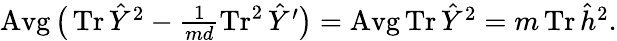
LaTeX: \operatorname{Avg}\big(\textstyle\operatorname{Tr}\hat{Y}^{2}-\frac{1}{md}\operatorname{Tr}^{2}\hat{Y}^{\prime}\big)=\operatorname{Avg}\operatorname{Tr}\hat{Y}^{2}=m\operatorname{Tr}\hat{h}^{2}.